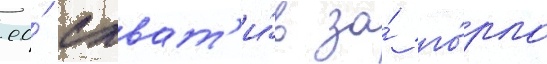
ео́ схват'и́в за́ го́рло